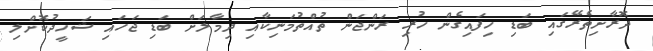
ދޮރާށިތެރޭގައި ބަޑި ހިފައިގެން ހުރި ރަންޖަން ތުއްތުމަނިކާއި ދިމާލަށް ބަޑި ޖަހައި ޝަހީދުކޮށްލި